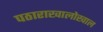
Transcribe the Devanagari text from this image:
पठाराखालोखाल